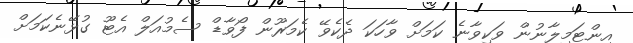
އިންޓަމިލާނުން ވަކިވާނެ ކަމަށް ވާހަކަ ދެކެވޭ ކެމަރޫން ފޯވާޑް ސެމުއަލް އެޓޫ ގުޅޭނެކަމަށް